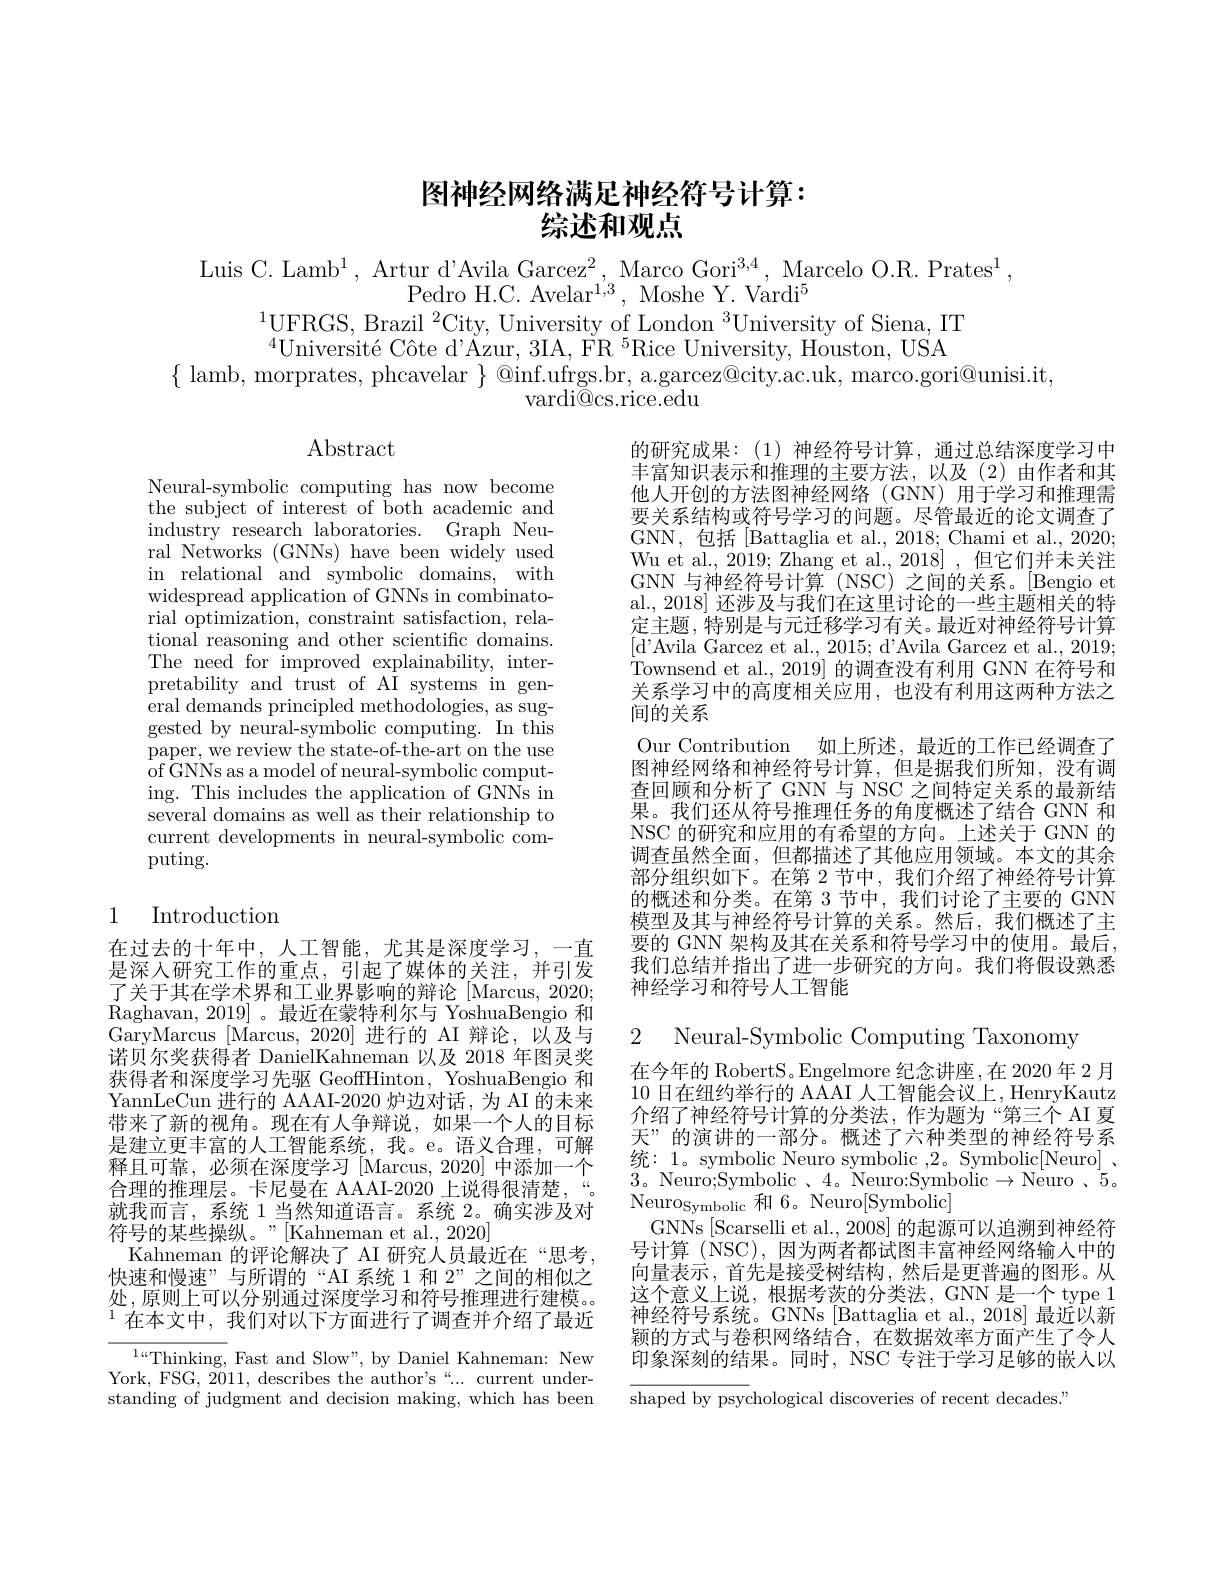
# 图神经网络满足神经符号计算： 综述和观点

Luis C. Lamb$^1$, Artur d'Avila Garcez$^2$, Marco Gori$^3,4$, Marcelo O.R. Prates$^1$,
Pedro H.C. Avelar$^1,3$, Moshe Y. Vardi$^5$
$^{1}$UFRGS, Brazil$^2$City, University of London$^3$University of Siena, IT

$^{4}\text{Université Côte d'Azur, 3IA, FR }^{5}$Rice University, Houston, USA
$\{$ lamb, morprates, phcavelar $\}\textcircled\text{O}$inf.ufrgs.br, a.garcez@city.ac.uk, marco.gori@unisi.it,
$\operatorname{vardi@cs.rice.edu}$

$\operatorname{Abstract}$

Neural-symbolic computing has now become the subject of interest of both academic and industry research laboratories. Graph Neural Networks (GNNs) have been widely used in relational and symbolic domains, with widespread application of GNNs in combinatorial optimization, constraint satisfaction, relational reasoning and other scientific domains. The need for improved explainability, interpretability and trust of AI systems in gen- ${\mathrm{eral~demands~principled~methodologies,~as~sug-}}$ gested by neural-symbolic computing. In this paper, we review the state-of-the-art on the use of GNNs as a model of neural-symbolic computing. This includes the application of GNNs in several domains as well as their relationship to current developments in neural-symbolic computing.

的研究成果：(1)神经符号计算，通过总结深度学习中丰富知识表示和推理的主要方法，以及(2)由作者和其他人开创的方法图神经网络 (GNN) 用于学习和推理需要关系结构或符号学习的问题。尽管最近的论文调查了GNN,包括[Battaglia et al., 2018; Chami et al., 2020; Wu et al., 2019; Zhang et al., 2018] , 但它们并未关注GNN 与神经符号计算 (NSC) 之间的关系。[Bengio et al., 2018] 还涉及与我们在这里讨论的一些主题相关的特定主题，特别是与元迁移学习有关。最近对神经符号计算[d'Avila Garcez et al., 2015; d'Avila Garcez et al., 2019; $\dot{\text{Townsend et al., 2019] 的调查没有利用 GNN 在符号和}}$ 关系学习中的高度相关应用，也没有利用这两种方法之间的关系
Our Contribution 如上所述，最近的工作已经调查了图神经网络和神经符号计算，但是据我们所知，没有调查回顾和分析了GNN 与 NSC 之间特定关系的最新结果。我们还从符号推理任务的角度概述了结合 GNN 和NSC 的研究和应用的有希望的方向。上述关于 GNN 的调查虽然全面，但都描述了其他应用领域。本文的其余部分组织如下。在第 2 节中，我们介绍了神经符号计算的概述和分类。在第 3 节中，我们讨论了主要的 GNN 模型及其与神经符号计算的关系。然后，我们概述了主要的 GNN 架构及其在关系和符号学习中的使用。最后， 我们总结并指出了进一步研究的方向。我们将假设熟悉神经学习和符号人工智能

# 1 Introduction

在过去的十年中，人工智能，尤其是深度学习，一直是深人研究工作的重点，引起了媒体的关注，并引发了关于其在学术界和工业界影响的辩论 [Marcus,2020; Raghavan, 2019] 。最近在蒙特利尔与 YoshuaBengio 和$\bar{\text{GaryMarcus [Marcus,2020]进行的 AI 辩论，以及与}}$ 诺贝尔奖获得者 DanielKahneman 以及 2018 年图灵奖获得者和深度学习先驱 GeoffHinton, YoshuaBengio 和YannLeCun 进行的 AAAI-2020 炉边对话，为 AI 的未来带来了新的视角。现在有人争辩说，如果一个人的目标是建立更丰富的人工智能系统，我。e。语义合理，可解释且可靠，必须在深度学习 [Marcus,2020] 中添加一个合理的推理层。卡尼曼在 AAAI-2020 上说得很清楚，“。就我而言，系统 1 当然知道语言。系统 2。确实涉及对符号的某些操纵。”[Kahneman et al., 2020]
Kahneman 的评论解决了 AI 研究人员最近在“思考， 快速和慢速”与所谓的“AI 系统 1 和 2”之间的相似之处，原则上可以分别通过深度学习和符号推理进行建模。$^{1}$在本文中，我们对以下方面进行了调查并介绍了最近$^{1..4}$Thinking, Fast and Slow", by Daniel Kahneman: New

2 Neural-Symbolic Computing Taxonomy
在今年的 RobertS。Engelmore 纪念讲座，在 2020 年 2月10日在纽约举行的 AAAI 人工智能会议上，HenryKautz 介绍了神经符号计算的分类法，作为题为“第三个 AI 夏天”的演讲的一部分。概述了六种类型的神经符号系统：1。symbolic Neuro symbolic ,2。Symbolic[Neuro] , 3。Neuro;Symbolic$、4$。Neuro:Symbolic$\rightarrow$Neuro$、5$。Neuro$_\mathrm{Symbolic}$和 6。Neuro[Symbolic]
GNNs [Scarselli et al., 2008] 的起源可以追溯到神经符号计算 (NSC),因为两者都试图丰富神经网络输入中的向量表示，首先是接受树结构，然后是更普遍的图形。从这个意义上说，根据考茨的分类法，GNN 是一个 type 1神经符号系统。GNNs [Battaglia et al.,2018] 最近以新颖的方式与卷积网络结合，在数据效率方面产生了令人印象深刻的结果。同时，NSC 专注于学习足够的嵌人以$\overline{\text{shaped by psy}}$chological discoveries of recent decades."

York, FSG, 2011, describes the author's“...current understanding of judgment and decision making, which has been